Annual administration report of the Civil Veterinary Department of India - 1897-1898
Year: 1897
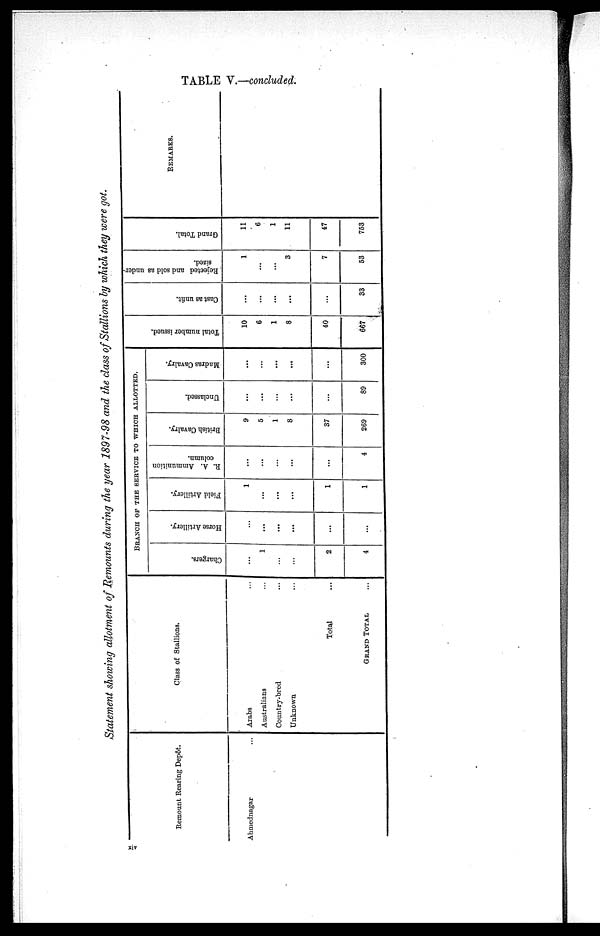
TABLE V.—concluded.
Statement showing allotment of Remounts during the year 1897-98 and the class of Stallions by which they were got.
Remount Rearing Depôt.
Ahmednagar ...
Class of Stallions.
Arabs ...
Australians ...
Country-bred ...
Unknown...
Total...
GRAND TOTAL
BRANCH OF THE SERVICE TO WHICH ALLOTTED.
Chargers.
...
1
...
...
2
4
Horse Artillery.
...
...
...
...
...
...
Field Artillery.
1
...
...
...
1
1
R. A. Ammunition
column.
...
...
...
...
...
4
British Cavalry.
9
5
1
8
37
269
Unclassed.
...
...
...
...
...
89
Madras Cavalry.
...
...
...
...
...
300
Tot al n u mb e r i
ssued.
10
6
1
8
40
667
Cast as unfit.
...
...
...
...
...
33
Rejected and sold as under-
sized.
1
...
...
3
7
53
Gr a nd Tot al .
11
6
1
11
47
753
REMARKS.
xiv